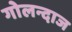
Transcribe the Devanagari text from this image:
गोलन्दाज